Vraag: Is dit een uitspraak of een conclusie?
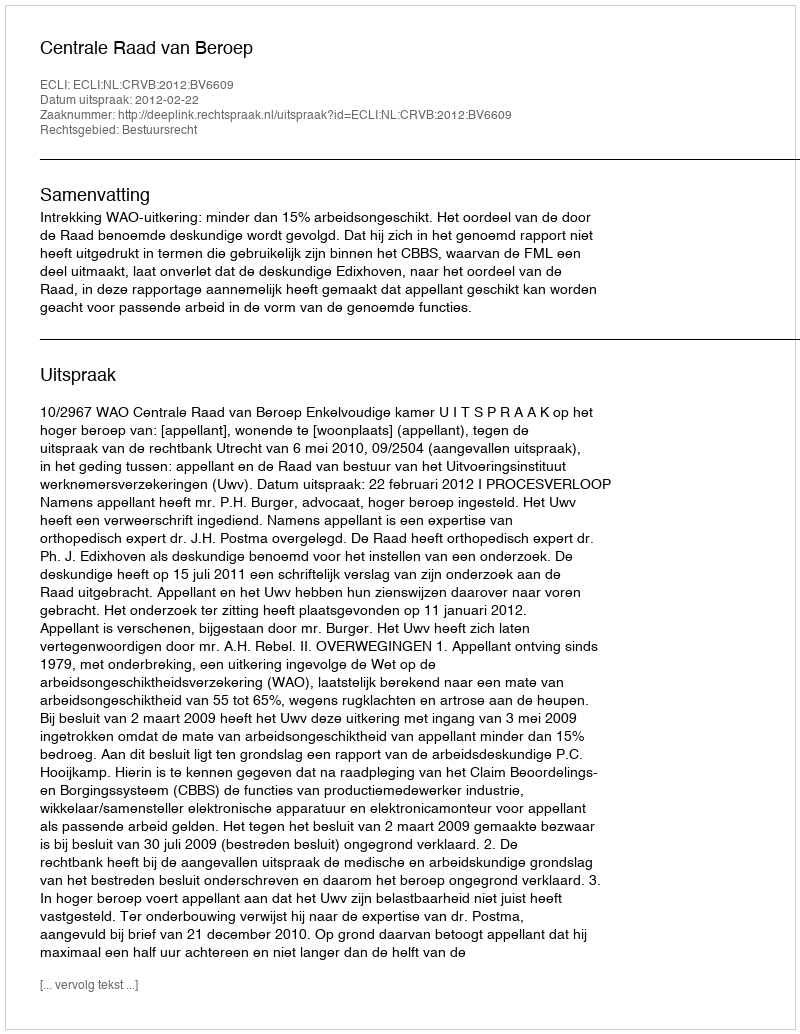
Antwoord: Uitspraak